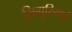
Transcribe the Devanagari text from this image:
लिगुरियाई